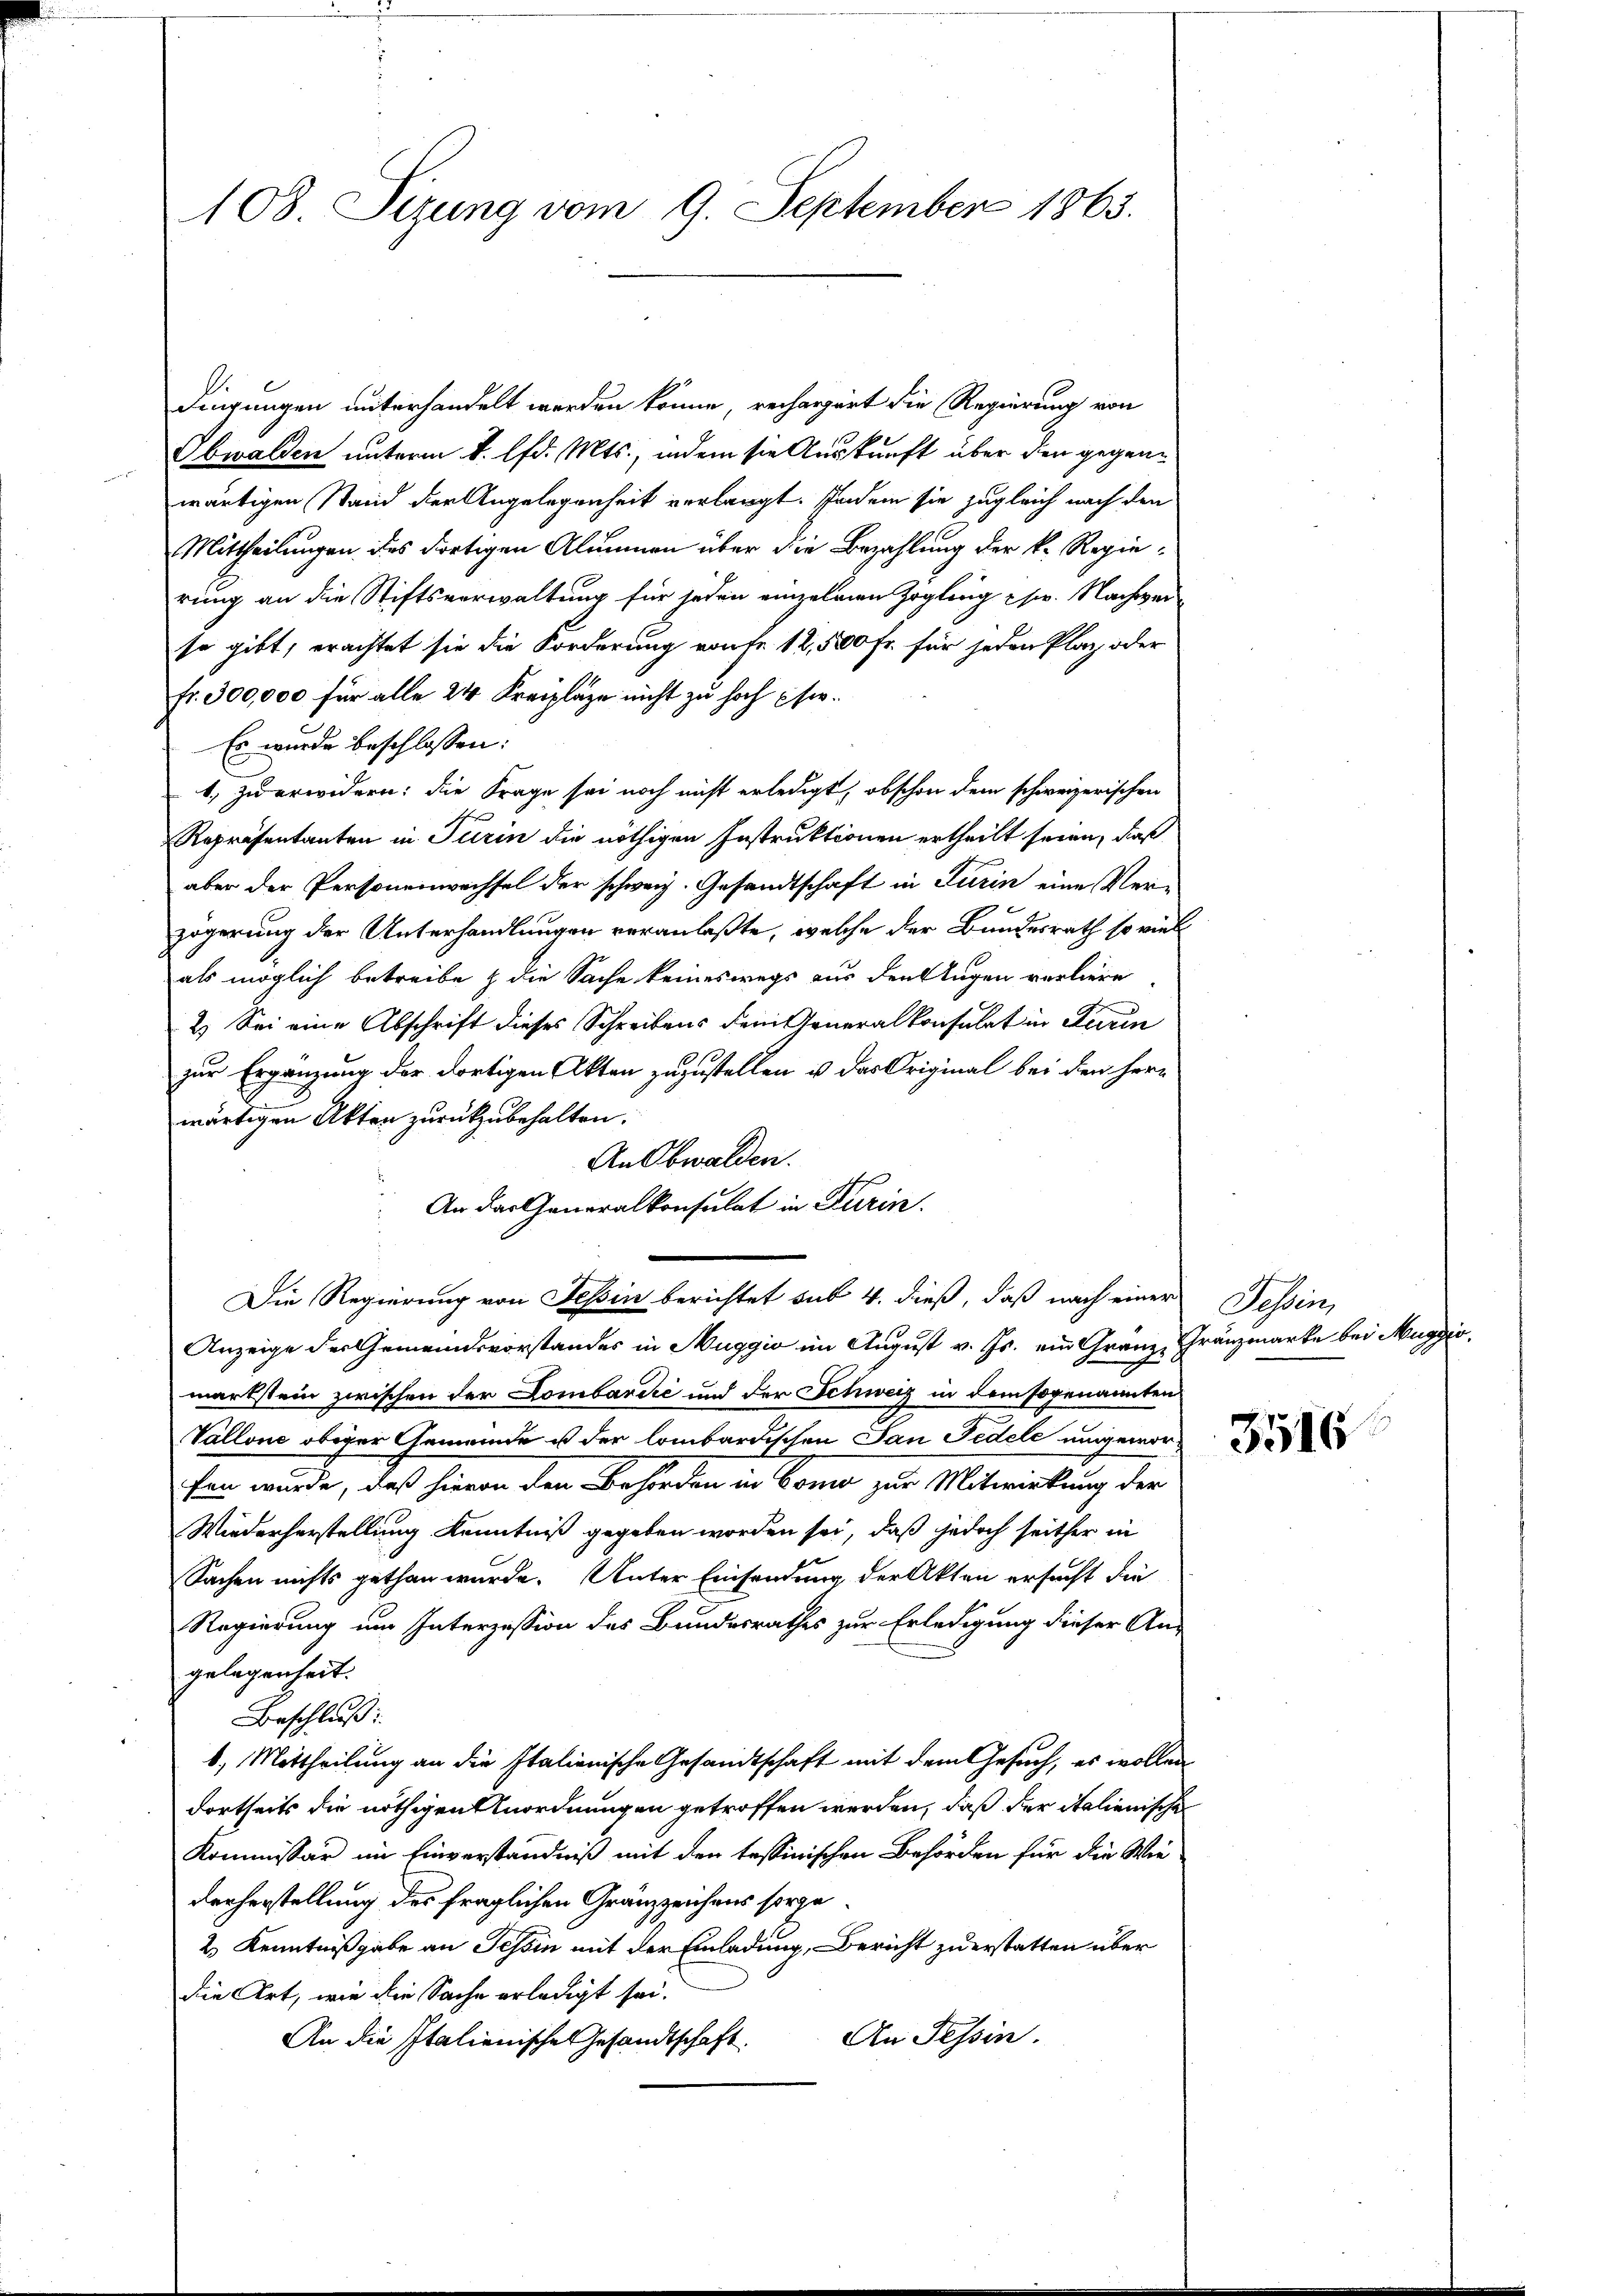
108. Sizung vom 9. September 1863.

dingungen unterhandelt werden könne, rechargärt die Regierung von
Obwalden unterm 8. lfd. Mts., indem sie Auskunft über den gegenwärtigen Stand der Angelegenheit verlangt. Indem sie zugleich nach den
Mittheilungen des dortigen Alumnen über die Bezahlung der k. Regierung an die Stiftsverwaltung für jeden einzelnen Zögling s. Nachweiso gibt, erachtet sie die Forderung von fe 12,500 Fr. für jeden Platz oder
fr. 300,000 für alle 24 Kreizlage nicht zu hoch fer¬
Es wurde beschlossen:
1. zu erwidern: die Frage sei noch nicht erledigt, obschon dem schweizerischen
Repräsentanten in Turin die nöthigen Instruktionen ertheilt seien, daß
aber der Personenwechsel der schweiz. Gesandtschaft in Turin eine Ver-
zögerung der Unterhandlungen veranlaßte, welche der Bundesrath so viel
als möglich betreibe & die Sache keineswegs aus den Augen verliere
2.) Sei eine Abschrift dieses Schreibens dem Generalkonsulat in Turin
zur Ergänzung der dortigen Akten zuzustellen u. das Original bei den herwärtigen Akten zurückzubehalten.
An Obwalden.
An das Generalkonsulat in Turin.
Die Regierung von Tessin berichtet sub 4. dieß, daß nach einer Tessin,
Anzeige der Gemeindsvorstandes in Muggio im August v. Js. ein Gränz Gränzmarke bei Muggio,
markstein zwischen der Lombardić und der Schweiz in dem sogenannten
Vallone obiger Gemeinde ist der lombardischen San Fedele umgeworfen wurde, daß hievon den Behörden in Bonn zur Mitwirkung der
Wiederherstellung Kenntniß gegeben worden sei, daß jedoch seither in
Sachen nichts gethan wurde. Unter Einsendung der Akten ersucht die
Regierung um Interzession des Bundesrathes zur Erledigung dieser An-
gelegenheit.
Beschluß:
b. Mittheilung an die Italienische Gesandtschaft mit dem Gesuch, es wollen
dortseits die nöthigen Anordnungen getroffen werden, daß der italienische
Kommissär im Einverständniß mit den tessinischen Behörden für die Wiederherstellung des fraglichen Gränzzeichens sorge
2 Kenntnißgabe an Tessin mit der Einladung, Bericht zuerstatten über
die Art, wie die Sache erledigt sei.
An Tessin.
An die Italienisches Gesandtschaft.

3516